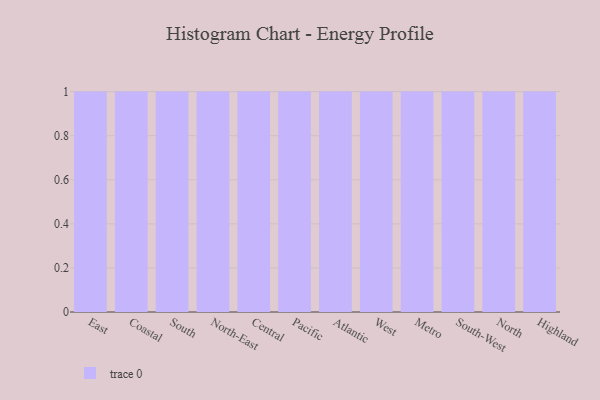
{"axis": {"x": "Region", "y": "Net Income (USD K)"}, "legend": [""], "data": [{"x": "East", "y": 47, "type": ""}, {"x": "Coastal", "y": 52, "type": ""}, {"x": "South", "y": 36, "type": ""}, {"x": "North-East", "y": 84, "type": ""}, {"x": "Central", "y": 81, "type": ""}, {"x": "Pacific", "y": 44, "type": ""}, {"x": "Atlantic", "y": 84, "type": ""}, {"x": "West", "y": 66, "type": ""}, {"x": "Metro", "y": 48, "type": ""}, {"x": "South-West", "y": 34, "type": ""}, {"x": "North", "y": 92, "type": ""}, {"x": "Highland", "y": 94, "type": ""}]}